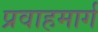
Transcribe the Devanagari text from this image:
प्रवाहमार्ग